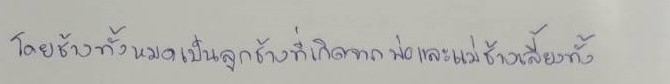
โดยช้างทั้งหมดเป็นลูกช้างที่เกิดจากพ่อและแม่ช้างเลี้ยงทั้ง